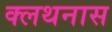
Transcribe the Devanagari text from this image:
क्लथनास